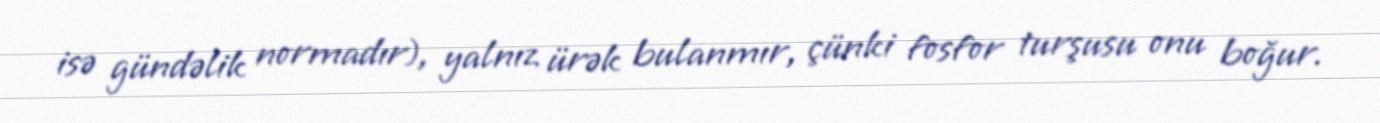
isə gündəlik normadır), yalnız ürək bulanmır, çünki fosfor turşusu onu boğur.